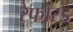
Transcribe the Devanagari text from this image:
रेफोरड